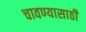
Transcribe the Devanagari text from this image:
चावण्यासाठी